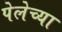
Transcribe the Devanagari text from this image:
पेलेच्या